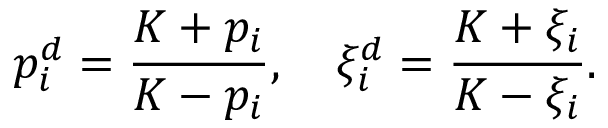
p _ { i } ^ { d } = { \frac { K + p _ { i } } { K - p _ { i } } } , \quad \xi _ { i } ^ { d } = { \frac { K + \xi _ { i } } { K - \xi _ { i } } } .